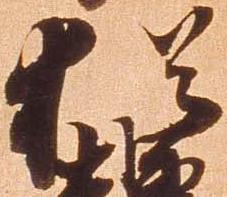
猶